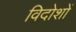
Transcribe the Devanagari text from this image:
विदोशों